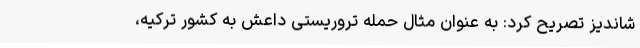
شاندیز تصریح کرد: به عنوان مثال حمله تروریستی داعش به کشور ترکیه،